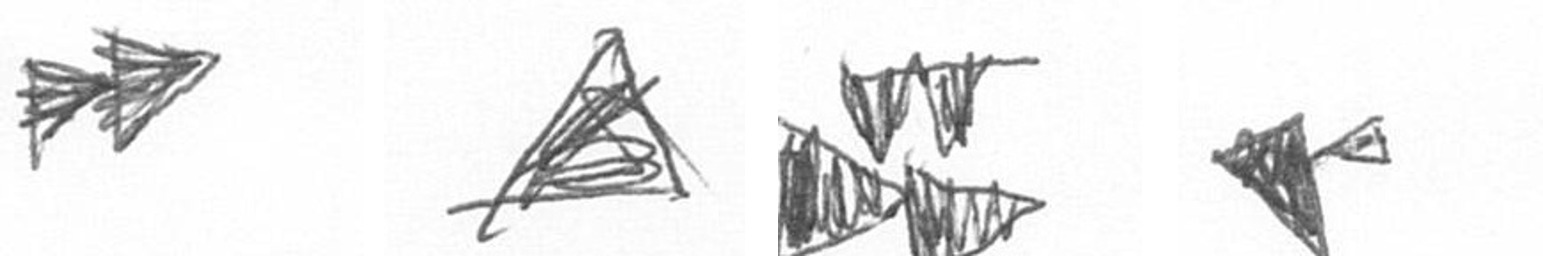
A O B F